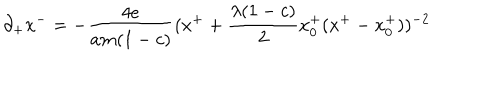
\partial _ { + } x ^ { - } = - { \frac { 4 e } { a m ( 1 - c ) } } ( x ^ { + } + { \frac { \lambda ( 1 - c ) } { 2 } } x _ { 0 } ^ { + } ( x ^ { + } - x _ { 0 } ^ { + } ) ) ^ { - 2 }